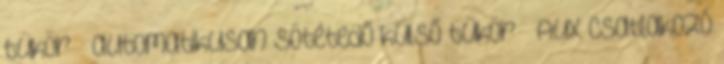
tükör – automatikusan sötétedő külső tükör – AUX csatlakozó